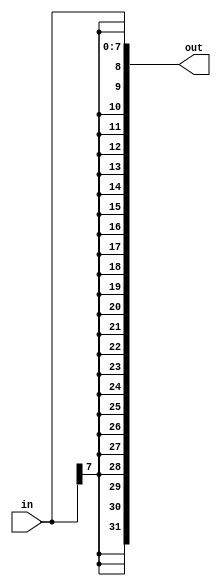
module top_module (
    input [7:0] in,
    output [31:0] out );//

    // assign out = { replicate-sign-bit , the-input };
    assign out = {  { 24{ in[7:7] } },    in[7:0]    }; // 24 duplicate in[7] then in[7:0]

endmodule